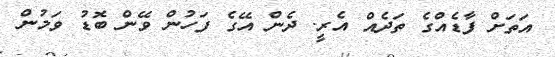
އަތަށް ފާޑެއްގެ ތަދެއް އެރީ. ދެން އޭގެ ފަހުން ވޭން ބޮޑު ވަމުން